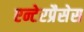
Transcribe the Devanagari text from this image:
एन्टेरप्रैसेस